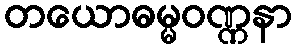
တယောဓမ္မဝဏ္ဏနာ